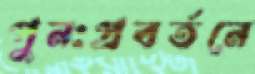
পুনঃপ্রবর্তনে